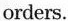
orders.